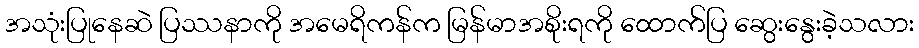
အသုံးပြုနေဆဲ ပြဿနာကို အမေရိကန်က မြန်မာအစိုးရကို ထောက်ပြ ဆွေးနွေးခဲ့သလား